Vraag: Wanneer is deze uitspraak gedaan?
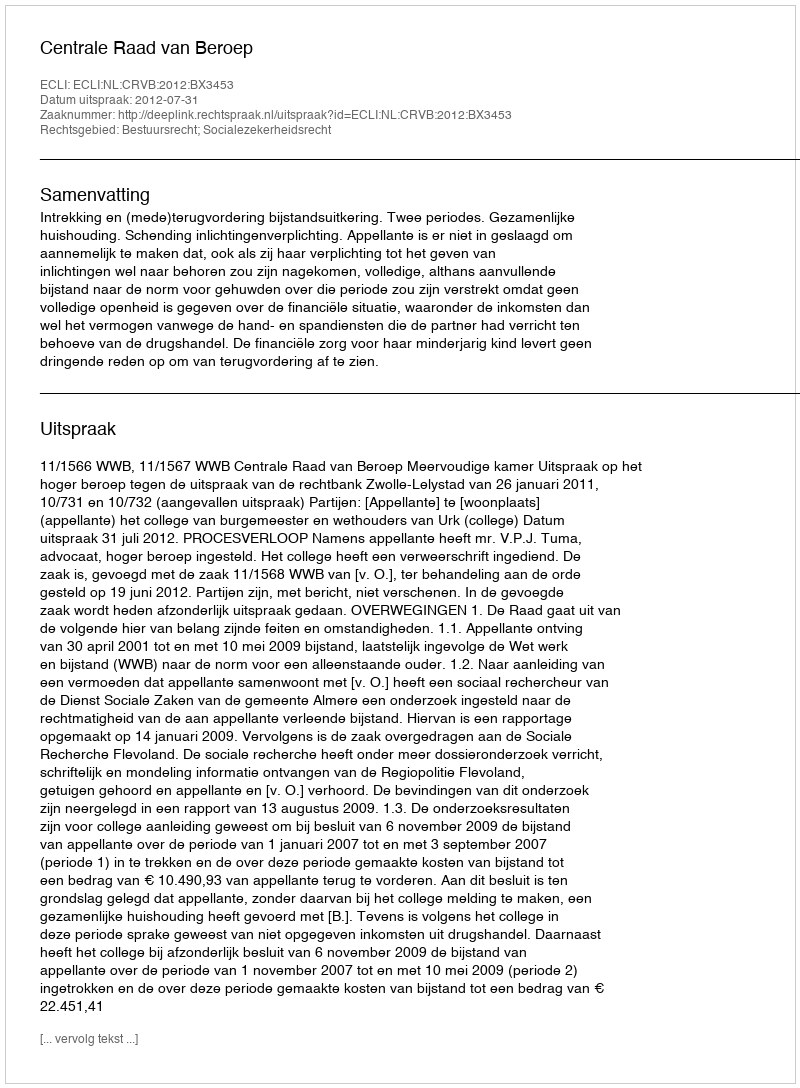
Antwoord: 2012-07-31